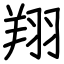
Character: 翔